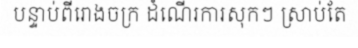
បន្ទាប់ពីរោងចក្រ ដំណើរការសុកៗ ស្រាប់តែ